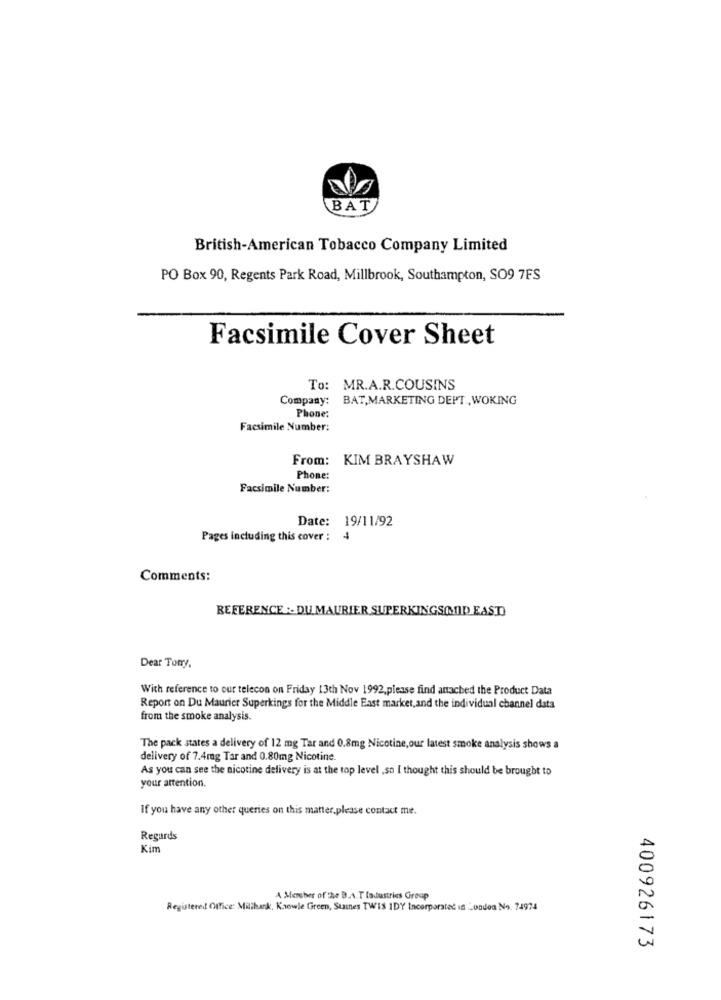
BAT
British-American Tobacco Company Limited
PO Box 90, Regents Park Road, Millbrook, Southampton, SO9 7FS
Facsimile Cover Sheet
To: MR.A.R.COUSINS
Company: BAT,MARKETING DEPT, WOKING
Phone:
Facsimile Number:
From: KIM BRAYSHAW
Phone
Facsimile Number:
Date: 19/11/92
Pages including this cover :
Comments:
REFERENCE :- DU MAURIER SUPERKINGSMID EAST)
Dear Tory,
With reference to our telecon on Friday 13th Nov 1992,please find attached the Product Data
Report on Du Maurier Superkings for the Middle East market, and the individual channel data
from the smoke analysis.
The pack states a delivery of 12 mg Tar and 0.8mg Nicotine, our latest smoke analysis shows a
delivery of 7.4mg Tar and 0.80mg Nicotine.
As you can see the nicotine delivery is at the top level ,so I thought this should be brought to
your attention.
If you have any other queries on this matter,please contact me.
Regards
Kim
A Mereber of the B.A.T Industries Group
Registered Office: Mithank, Knowle Green, Stamnes TWIS IDY Incorporated in London No. 74974
400926173